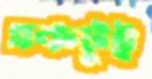
একটুই